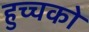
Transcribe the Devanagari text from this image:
हुच्चको